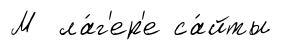
М ла́г'ер'е са́йты